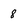
Character: 8